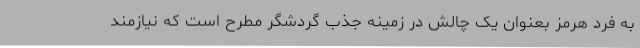
به فرد هرمز بعنوان یک چالش در زمینه جذب گردشگر مطرح است که نیازمند